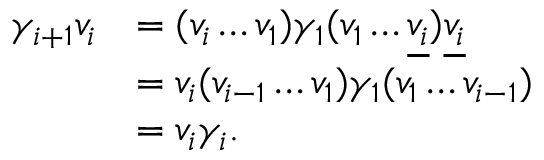
\begin{array} { r l } { \gamma _ { i + 1 } v _ { i } } & { = ( v _ { i } \ldots v _ { 1 } ) \gamma _ { 1 } ( v _ { 1 } \ldots \underline { { v _ { i } } } ) \underline { { v _ { i } } } } \\ & { = v _ { i } ( v _ { i - 1 } \ldots v _ { 1 } ) \gamma _ { 1 } ( v _ { 1 } \ldots v _ { i - 1 } ) } \\ & { = v _ { i } \gamma _ { i } . } \end{array}